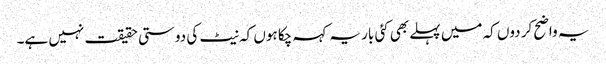
یہ واضح کر دوں کہ میں پہلے بھی کئی بار یہ کہہ چکا ہوں کہ نیٹ کی دوستی حقیقت نہیں ہے۔